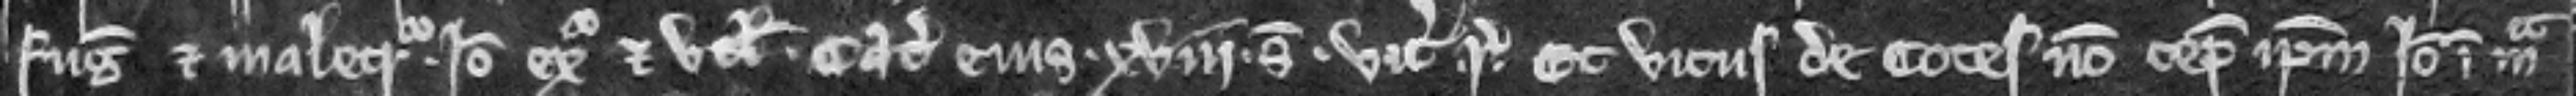
fugit et malecreditur. Ideo exigatur et utlagetur. Catalla ejus. xviii. solidi. Vicecomes respondeat. Et vicus de Cotes non cepit ipsum. Ideo in misericordia.